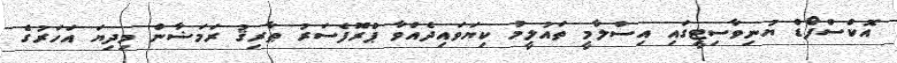
އޮކްސްފޯޑް ޔުނިވާސިޓީގައި އިސްލާމީ ތައުލީމު ކިޔަވައިދެއްވާ ޕްރޮފެސަރު ޠާރިޤު ރަމަޟާން މިދިޔަ އަހަރުގެ